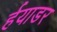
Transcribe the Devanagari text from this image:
र्हयाडर